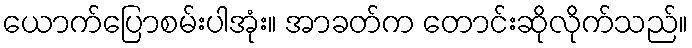
ယောက်ပြောစမ်းပါအုံး။ အာခတ်က တောင်းဆိုလိုက်သည်။